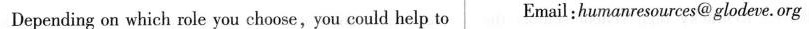
Depending on which role you choose,you could help to Email : humanresources@ glodeve.org